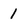
Character: 1